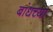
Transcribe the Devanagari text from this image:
बांधच्या